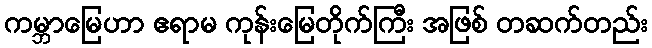
ကမ္ဘာမြေဟာ ဧရာမ ကုန်းမြေတိုက်ကြီး အဖြစ် တဆက်တည်း